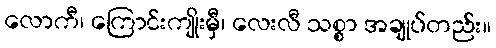
လောကီ၊ ကြောင်းကျိုးမှီ၊ လေးလီ သစ္စာ အချုပ်တည်း။